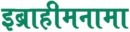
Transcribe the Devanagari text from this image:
इब्राहीमनामा